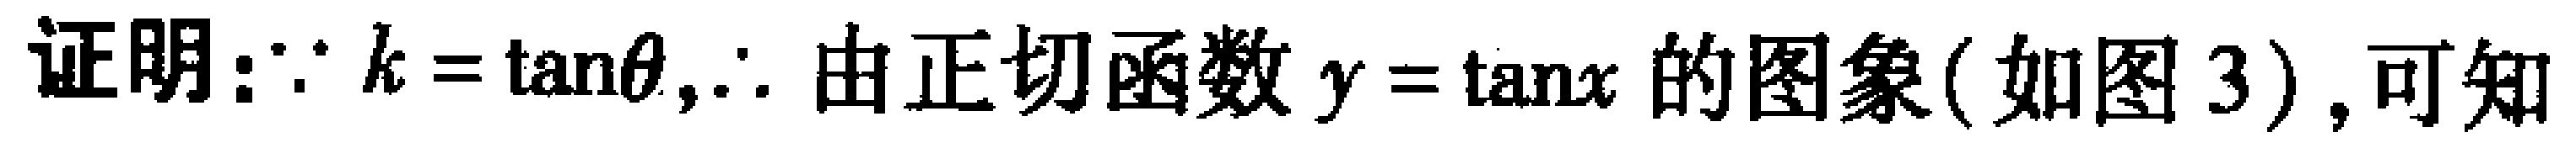
证明：\(\because k = \tan\theta,\therefore\) 由正切函数 \(y = \tan x\) 的图象(如图 3), 可知